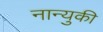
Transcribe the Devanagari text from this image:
नान्युकी